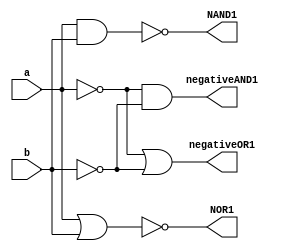
module DeMorgan
(
    input a,b,
    output NAND1,negativeOR1,NOR1,negativeAND1
);
    wire notA,notB;

    not(notA,a);
    not(notB,b);

    nand(NAND1,a,b);             // ~((a)(b))
    or(negativeOR1,notA,notB);   // (~a)+(~b)

    nor(NOR1,a,b);               // ~(a+b)
    and(negativeAND1,notA,notB); // (~a)(~b)
endmodule

module oneA  //OR Gate
(
    input a, b,
    output x
);

    wire notA, notB, notAAndnotB;
    
    not(notA,a);
    not(notB,b);
    and(notAAndnotB, notA, notB);
    not(x, notAAndnotB);
endmodule



module oneB 			 //AND Gate
( 
    input a,b,
    output x
);
    wire notA,notB,notAOrnotB;

    not(notA,a);
    not(notB,b);
    or(notAOrnotB,notA,notB);
    not(x,notAOrnotB);
endmodule

module twoA( //AND Gate
    input a,b,
    output x
);
    wire nor1,nor2;

    nor(nor1,a,a);
    nor(nor2,b,b);
    nor(x,nor1,nor2);
endmodule

module twoB( //OR Gate
    input a,b,
    output x
);
    wire nand1,nand2;

    nand(nand1,a,a);
    nand(nand2,b,b);
    nand(x,nand1,nand2);
endmodule

module Experiment2;
    reg a,b;
    wire
        NAND1,negativeOR1,NOR1,negativeAND1,
        oneAresult,
        oneBresult,
        twoAresult,
        twoBresult
        ;
    DeMorgan A1(a,b,NAND1,negativeOR1,NOR1,negativeAND1);
    oneA A11(a,b,oneAresult);
    oneB B1(a,b,oneBresult);
    twoA A2(a,b,twoAresult);
    twoB B2(a,b,twoBresult);

    initial
        begin
            $dumpfile("LabExp2.vcd");
	        $dumpvars(-1,A11,B1,A2,B2);
		$display(" ");
	      
        end

    initial begin
        #1 $display("DE MORGAN'S THEOREM");
	#1 $display(" ");
        #1 $display("~((a)(b))");
        #1 a=0; b=0;
           $monitor("a=%b, b=%b, output=%b",a,b,NAND1);
        #1 a=0; b=1;
        #1 a=1; b=0;
        #1 a=1; b=1;
	#1 $display(" ");
       
        #1 $display("(~a)+(~b)");
        #1 a=0; b=0;
           $monitor("a=%b, b=%b, output=%b",a,b,negativeOR1);
        #1 a=0; b=1;
        #1 a=1; b=0;
        #1 a=1; b=1;
        #1 if (NAND1==negativeOR1) begin
            $display("Therefore, ~((a)(b)) == (~a)+(~b)\n");
        end else begin
            $display("Therefore, ~((a)(b)) != (~a)+(~b)\n");
        end

        #1 $display("~(a+b)");
        #1 a=0; b=0;
           $monitor("a=%b, b=%b, output=%b",a,b,NOR1);
        #1 a=0; b=1;
        #1 a=1; b=0;
        #1 a=1; b=1;
	#1 $display(" ");

        #1 $display("(~a)(~b)");
        #1 a=0; b=0;
           $monitor("a=%b, b=%b, output=%b",a,b,negativeAND1);
        #1 a=0; b=1;
        #1 a=1; b=0;
        #1 a=1; b=1;
        #1 if (NOR1==negativeAND1) begin
            $display("Therefore, ~(a+b) == (~a)(~b)\n");
        end else begin
            $display("Therefore, ~(a+b) != (~a)(~b)\n");
        end

	 #1 $display("Part 1A: Verifying the OR Circuit");
	#1 a=0; b=0;
           $monitor("a=%b, b=%b, output=%b",a,b,oneAresult);
	#1 a=0; b=1;
        #1 a=1; b=0;
       	#1 a=1; b=1;
	#1 $display(" ");

        #1 $display("Part 1B: Verifying the AND Circuit");
	#1 a=0; b=0;
           $monitor("a=%b, b=%b, output=%b",a,b,oneBresult);
	#1 a=0; b=1;
        #1 a=1; b=0;
       	#1 a=1; b=1;
	#1 $display(" ");

        #1 $display("Part 2A: The NOR Circuit");
           $monitor("a=%b, b=%b, output=%b",a,b,twoAresult);
        #1 a=1; b=0;
        #1 a=0; b=1;
        #1 a=0; b=0;
	#1 $display(" ");
        #1 $display("Part 2B: The NAND Circuit");
           $monitor("a=%b, b=%b, output=%b",a,b,twoBresult);
        #1 a=0; b=1;
        #1 a=1; b=0;
        #1 a=1; b=1;
        #1 $finish;
    end
endmodule